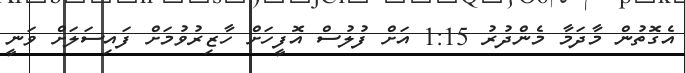
އެގޮތުން މާދަމާ މެންދުރު 1:15 އަށް ފުލުސް އޮފީހަށް ހާޒިރުވުމަށް ފައިސަލަށް ވަނީ